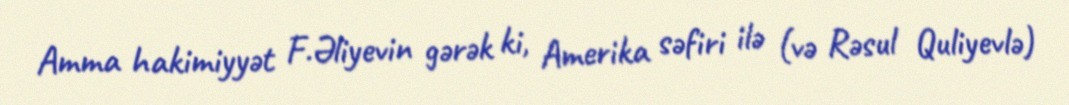
Amma hakimiyyət F.Əliyevin gərək ki, Amerika səfiri ilə (və Rəsul Quliyevlə)